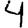
Digit: 4